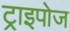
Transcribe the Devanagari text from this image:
ट्राइपोज